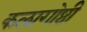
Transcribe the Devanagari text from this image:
कलागोष्ठी